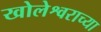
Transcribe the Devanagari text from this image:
खोलेश्वराच्या